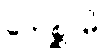
ဘေစ္ဆာမိ